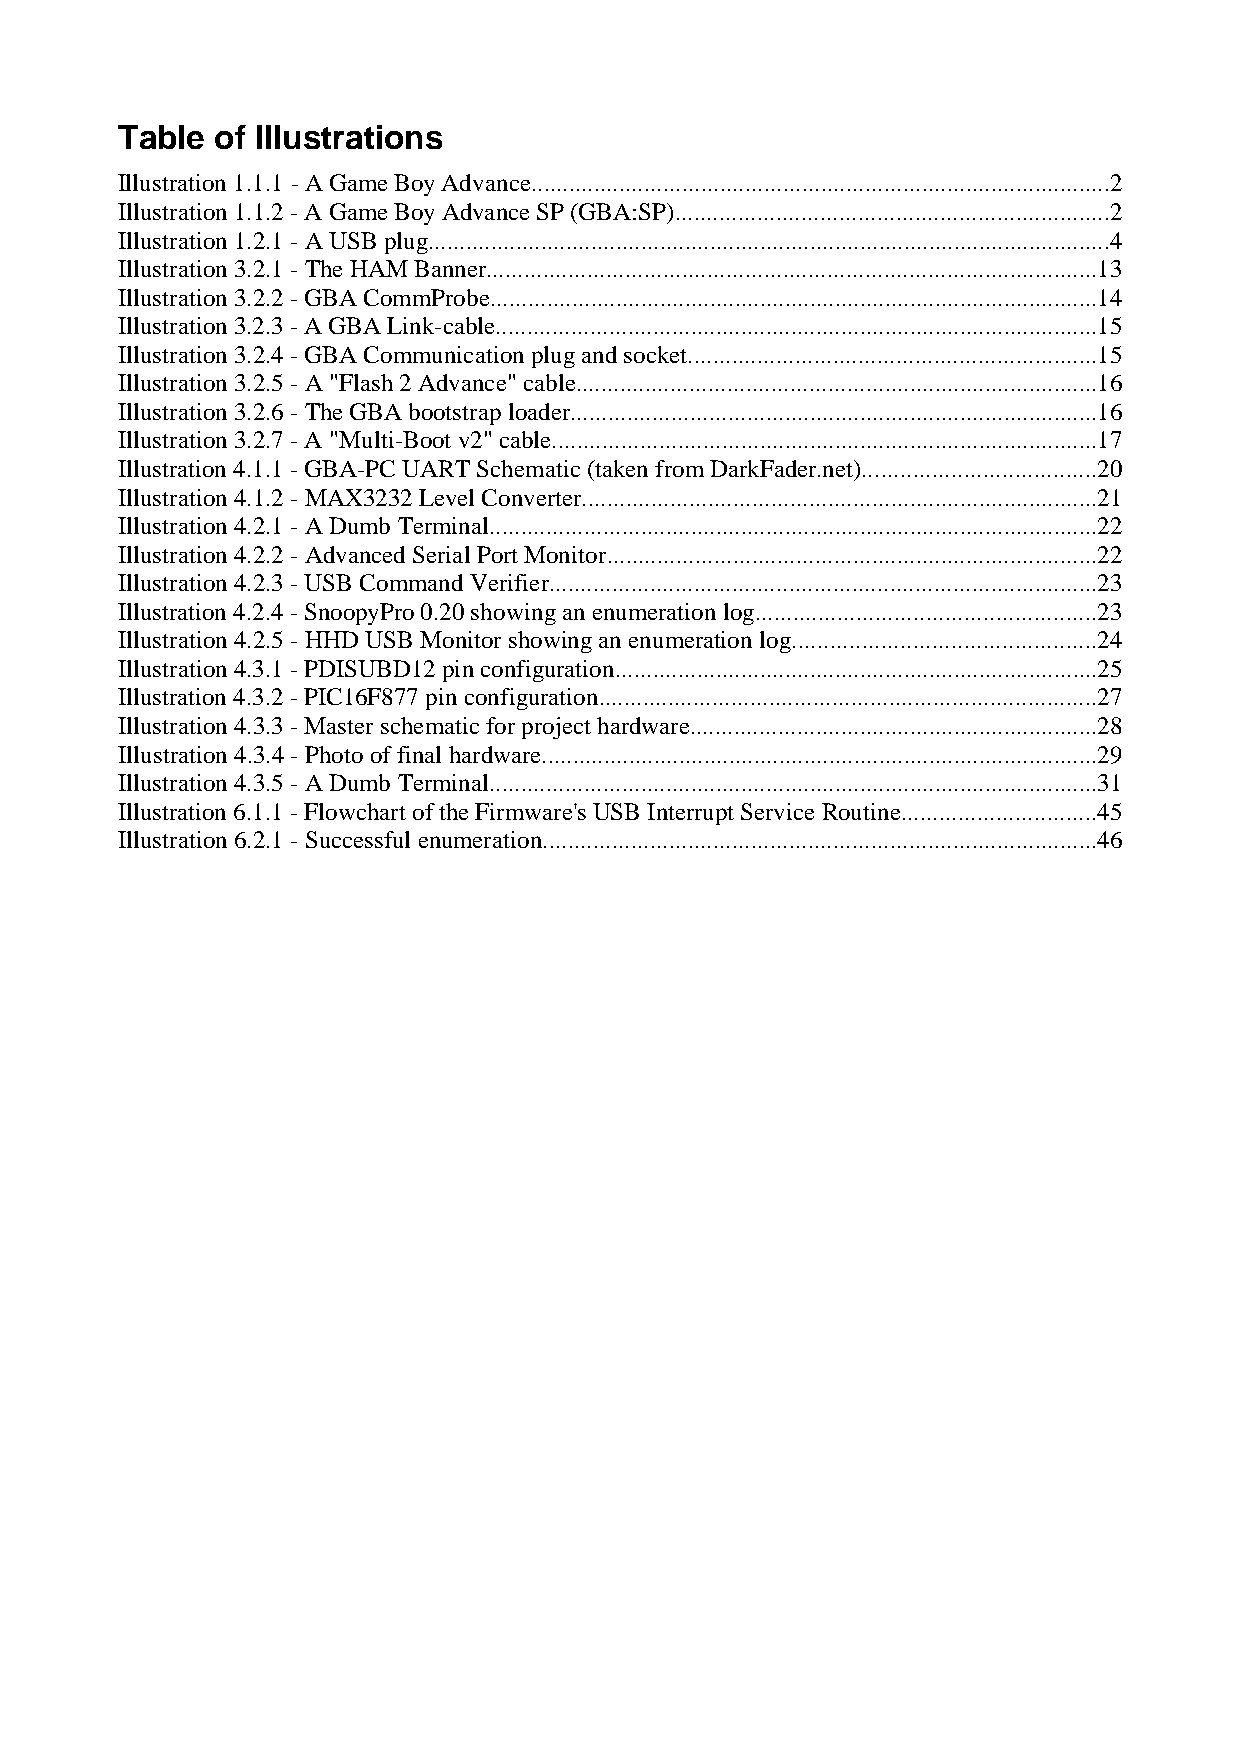
Table of Illustrations
 Illustration 1.1.1 - A Game Boy Advance............................................................................................2
 Illustration 1.1.2 - A Game Boy Advance SP (GBA:SP).....................................................................2
 Illustration 1.2.1 - A USB plug.............................................................................................................4
 Illustration 3.2.1 - The HAM Banner.................................................................................................13
 Illustration 3.2.2 - GBA CommProbe.................................................................................................14
 Illustration 3.2.3 - A GBA Link-cable................................................................................................15
 Illustration 3.2.4 - GBA Communication plug and socket.................................................................15
 Illustration 3.2.5 - A "Flash 2 Advance" cable...................................................................................16
 Illustration 3.2.6 - The GBA bootstrap loader....................................................................................16
 Illustration 3.2.7 - A "Multi-Boot v2" cable.......................................................................................17
 Illustration 4.1.1 - GBA-PC UART Schematic (taken from DarkFader.net).....................................20
 Illustration 4.1.2 - MAX3232 Level Converter..................................................................................21
 Illustration 4.2.1 - A Dumb Terminal.................................................................................................22
 Illustration 4.2.2 - Advanced Serial Port Monitor..............................................................................22
 Illustration 4.2.3 - USB Command Verifier.......................................................................................23
 Illustration 4.2.4 - SnoopyPro 0.20 showing an enumeration log......................................................23
 Illustration 4.2.5 - HHD USB Monitor showing an enumeration log................................................24
 Illustration 4.3.1 - PDISUBD12 pin configuration.............................................................................25
 Illustration 4.3.2 - PIC16F877 pin configuration...............................................................................27
 Illustration 4.3.3 - Master schematic for project hardware.................................................................28
 Illustration 4.3.4 - Photo of final hardware.........................................................................................29
 Illustration 4.3.5 - A Dumb Terminal.................................................................................................31
 Illustration 6.1.1 - Flowchart of the Firmware's USB Interrupt Service Routine...............................45
 Illustration 6.2.1 - Successful enumeration........................................................................................46